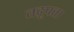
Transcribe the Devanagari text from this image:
तद्रूपता